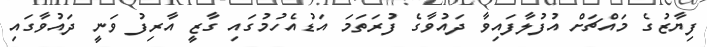
ފިޔާޒުގެ މައްޗަށް އުފުލާފައިވާ ދައުވާގެ ފުރަތަމަ އަޑުއެހުމުގައި ގާޒީ އާރިފު ވަނީ ދައުވާގައި